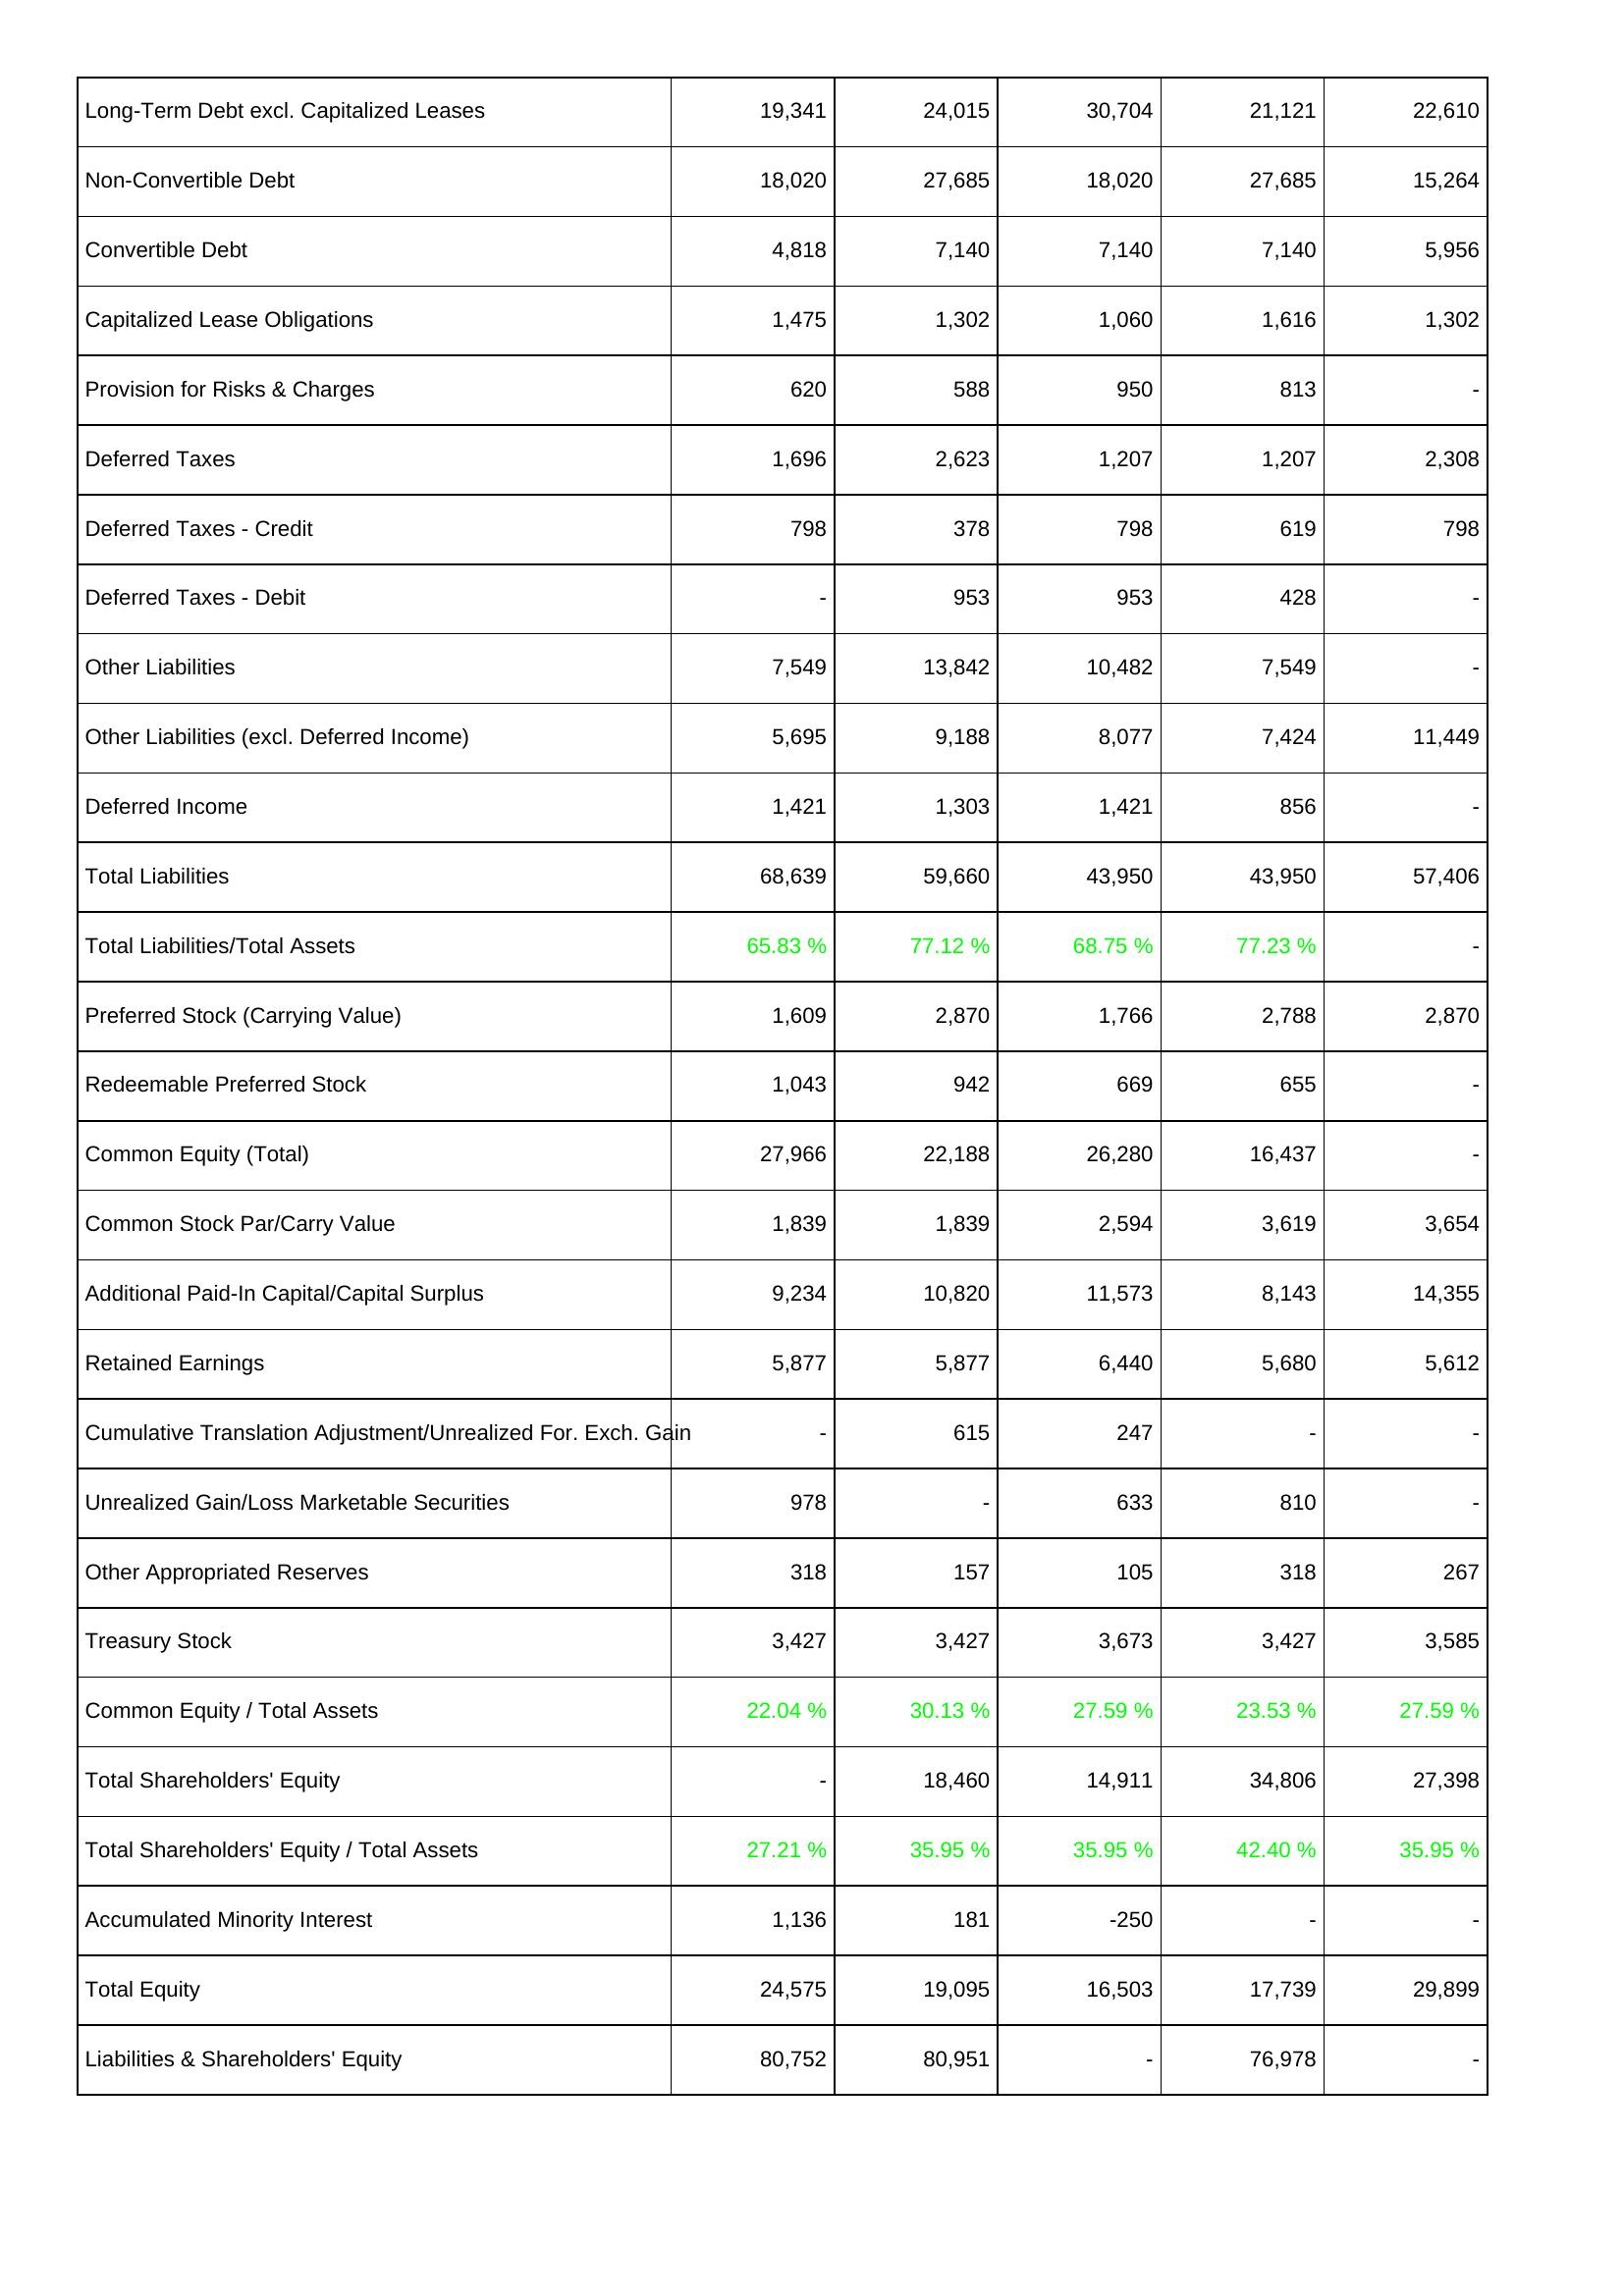
2017: Liabilities & Shareholders' Equity: Long-Term Debt excl. Capitalized Leases: 19,341
Non-Convertible Debt: 18,020
Convertible Debt: 4,818
Capitalized Lease Obligations: 1,475
Provision for Risks & Charges: 620
Deferred Taxes: 1,696
Deferred Taxes - Credit: 798
Deferred Taxes - Debit: -
Other Liabilities: 7,549
Other Liabilities (excl. Deferred Income): 5,695
Deferred Income: 1,421
Total Liabilities: 68,639
Total Liabilities/Total Assets: 65.83 %
Preferred Stock (Carrying Value): 1,609
Redeemable Preferred Stock: 1,043
Common Equity (Total): 27,966
Common Stock Par/Carry Value: 1,839
Additional Paid-In Capital/Capital Surplus: 9,234
Retained Earnings: 5,877
Cumulative Translation Adjustment/Unrealized For. Exch. Gain: -
Unrealized Gain/Loss Marketable Securities: 978
Other Appropriated Reserves: 318
Treasury Stock: 3,427
Common Equity / Total Assets: 22.04 %
Total Shareholders' Equity: -
Total Shareholders' Equity / Total Assets: 27.21 %
Accumulated Minority Interest: 1,136
Total Equity: 24,575
Liabilities & Shareholders' Equity: 80,752
2018: Liabilities & Shareholders' Equity: Long-Term Debt excl. Capitalized Leases: 24,015
Non-Convertible Debt: 27,685
Convertible Debt: 7,140
Capitalized Lease Obligations: 1,302
Provision for Risks & Charges: 588
Deferred Taxes: 2,623
Deferred Taxes - Credit: 378
Deferred Taxes - Debit: 953
Other Liabilities: 13,842
Other Liabilities (excl. Deferred Income): 9,188
Deferred Income: 1,303
Total Liabilities: 59,660
Total Liabilities/Total Assets: 77.12 %
Preferred Stock (Carrying Value): 2,870
Redeemable Preferred Stock: 942
Common Equity (Total): 22,188
Common Stock Par/Carry Value: 1,839
Additional Paid-In Capital/Capital Surplus: 10,820
Retained Earnings: 5,877
Cumulative Translation Adjustment/Unrealized For. Exch. Gain: 615
Unrealized Gain/Loss Marketable Securities: -
Other Appropriated Reserves: 157
Treasury Stock: 3,427
Common Equity / Total Assets: 30.13 %
Total Shareholders' Equity: 18,460
Total Shareholders' Equity / Total Assets: 35.95 %
Accumulated Minority Interest: 181
Total Equity: 19,095
Liabilities & Shareholders' Equity: 80,951
2019: Liabilities & Shareholders' Equity: Long-Term Debt excl. Capitalized Leases: 30,704
Non-Convertible Debt: 18,020
Convertible Debt: 7,140
Capitalized Lease Obligations: 1,060
Provision for Risks & Charges: 950
Deferred Taxes: 1,207
Deferred Taxes - Credit: 798
Deferred Taxes - Debit: 953
Other Liabilities: 10,482
Other Liabilities (excl. Deferred Income): 8,077
Deferred Income: 1,421
Total Liabilities: 43,950
Total Liabilities/Total Assets: 68.75 %
Preferred Stock (Carrying Value): 1,766
Redeemable Preferred Stock: 669
Common Equity (Total): 26,280
Common Stock Par/Carry Value: 2,594
Additional Paid-In Capital/Capital Surplus: 11,573
Retained Earnings: 6,440
Cumulative Translation Adjustment/Unrealized For. Exch. Gain: 247
Unrealized Gain/Loss Marketable Securities: 633
Other Appropriated Reserves: 105
Treasury Stock: 3,673
Common Equity / Total Assets: 27.59 %
Total Shareholders' Equity: 14,911
Total Shareholders' Equity / Total Assets: 35.95 %
Accumulated Minority Interest: -250
Total Equity: 16,503
Liabilities & Shareholders' Equity: -
2020: Liabilities & Shareholders' Equity: Long-Term Debt excl. Capitalized Leases: 21,121
Non-Convertible Debt: 27,685
Convertible Debt: 7,140
Capitalized Lease Obligations: 1,616
Provision for Risks & Charges: 813
Deferred Taxes: 1,207
Deferred Taxes - Credit: 619
Deferred Taxes - Debit: 428
Other Liabilities: 7,549
Other Liabilities (excl. Deferred Income): 7,424
Deferred Income: 856
Total Liabilities: 43,950
Total Liabilities/Total Assets: 77.23 %
Preferred Stock (Carrying Value): 2,788
Redeemable Preferred Stock: 655
Common Equity (Total): 16,437
Common Stock Par/Carry Value: 3,619
Additional Paid-In Capital/Capital Surplus: 8,143
Retained Earnings: 5,680
Cumulative Translation Adjustment/Unrealized For. Exch. Gain: -
Unrealized Gain/Loss Marketable Securities: 810
Other Appropriated Reserves: 318
Treasury Stock: 3,427
Common Equity / Total Assets: 23.53 %
Total Shareholders' Equity: 34,806
Total Shareholders' Equity / Total Assets: 42.40 %
Accumulated Minority Interest: -
Total Equity: 17,739
Liabilities & Shareholders' Equity: 76,978
2021: Liabilities & Shareholders' Equity: Long-Term Debt excl. Capitalized Leases: 22,610
Non-Convertible Debt: 15,264
Convertible Debt: 5,956
Capitalized Lease Obligations: 1,302
Provision for Risks & Charges: -
Deferred Taxes: 2,308
Deferred Taxes - Credit: 798
Deferred Taxes - Debit: -
Other Liabilities: -
Other Liabilities (excl. Deferred Income): 11,449
Deferred Income: -
Total Liabilities: 57,406
Total Liabilities/Total Assets: -
Preferred Stock (Carrying Value): 2,870
Redeemable Preferred Stock: -
Common Equity (Total): -
Common Stock Par/Carry Value: 3,654
Additional Paid-In Capital/Capital Surplus: 14,355
Retained Earnings: 5,612
Cumulative Translation Adjustment/Unrealized For. Exch. Gain: -
Unrealized Gain/Loss Marketable Securities: -
Other Appropriated Reserves: 267
Treasury Stock: 3,585
Common Equity / Total Assets: 27.59 %
Total Shareholders' Equity: 27,398
Total Shareholders' Equity / Total Assets: 35.95 %
Accumulated Minority Interest: -
Total Equity: 29,899
Liabilities & Shareholders' Equity: -